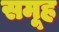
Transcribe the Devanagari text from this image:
समूूह